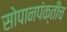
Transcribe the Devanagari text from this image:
सोपानपंक्तीच